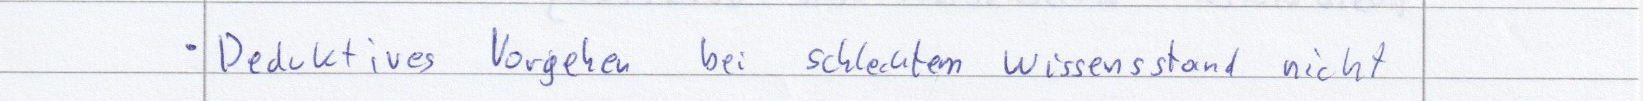
Deduktivies Vorgehen bei schlechtem wissensstand nicht